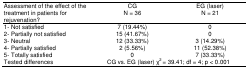
| Assessment of the effect of the treatment in patients for rejuvenation? | CG N = 36 | EG (laser) N = 21 |
 | --- | --- | --- |
 | 1- Not satisfied | 7 (19.44%) | 0 |
 | 2- Partially not satisfied | 15 (41.67%) | 0 |
 | 3- Neutral | 12 (33.33%) | 3 (14.29%) |
 | 4- Partially satisfied | 2 (5.56%) | 11 (52.38%) |
 | 5- Totally satisfied | 0 | 7 (33.33%) |
 | Tested differences | <COLSPAN=2> CG vs. EG (laser) χ2= 39.41; df = 4; p < 0.001 |